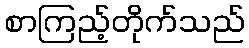
စာကြည့်တိုက်သည်